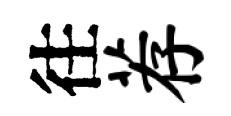
往荐